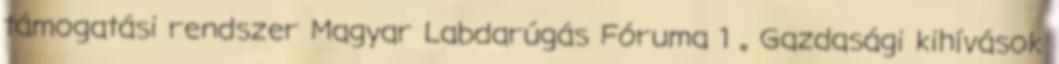
támogatási rendszer Magyar Labdarúgás Fóruma 1 „ Gazdasági kihívások